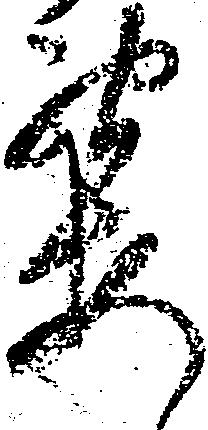
要